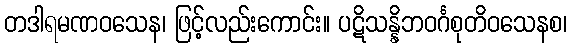
တဒါရမဏဝသေန၊ ဖြင့်လည်းကောင်း။ ပဋိသန္နိဘဝင်္ဂစုတိဝသေနစ၊